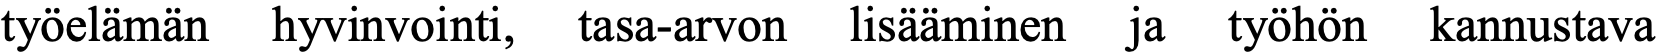
työelämän hyvinvointi, tasa-arvon lisääminen ja työhön kannustava